Vaccination in Burma 1920-1933 - 1920-1933
Year: 1920
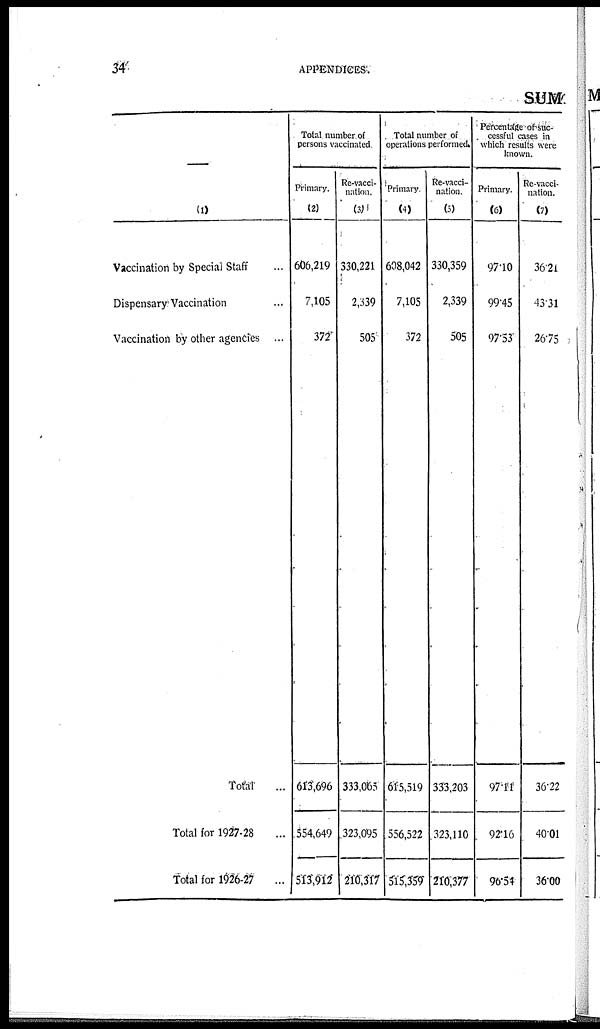
34.
APPENDICES.
SUM
—
(1)
Vaccination by Special Staff ...
Dispensary Vaccination ...
Vaccination by other agencies ...
Total ...
Total for 1927-28 ...
Total for 1926-27
...
Total number of
persons vaccinated.
Primary.
(2)
606,219
7,105
372
613,696
554,649
513,912
Re-vacci-
nation.
(3)
330,221
2,339
505
333,0653
323,095
210,317
Total number of
operations performed.
Primary.
(4)
608,042
7,105
372
615,519
556,522
515,359
Re-vacci-
nation.
(5)
330,359
2,339
505
333,203
323,110
210,377
Percentage of suc-
cessful cases in
which results were
known.
Primary.
(6)
97.10
99.45
97.53
97.11
92.16
96.54
Re-vacci-
nation.
(7)
36.21
43.31
26.75
36.22
40.01
36.00